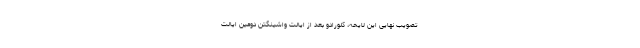
تصویب نهایی این لایحه، کلورادو بعد از ایالت واشینگتن دومین ایالت